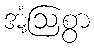
အံ့ဩစွာ